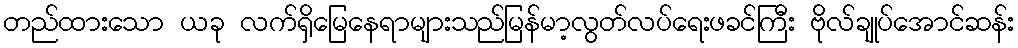
တည်ထားသော ယခု လက်ရှိမြေနေရာများသည်မြန်မာ့လွတ်လပ်ရေးဖခင်ကြီး ဗိုလ်ချုပ်အောင်ဆန်း